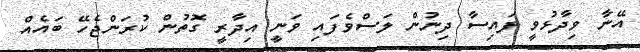
އޭނާ ވިދާޅުވީ ފައިސާ ދިނުން ލަސްވެފައި ވަނީ އިދާރީ ގޮތުން ކުރަންޖެހޭ ބައެއް